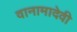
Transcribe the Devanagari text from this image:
वानामादेवी